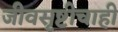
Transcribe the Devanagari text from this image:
जीवसृष्टीचाही